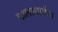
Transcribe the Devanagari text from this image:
चालल्याचीच